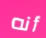
أنه